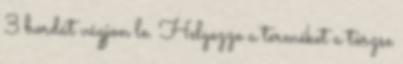
3 bordát vágjon le. Helyezze a terméket a törzse